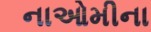
નાઓમીના